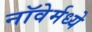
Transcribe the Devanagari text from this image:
नॉवेर्मध्ये